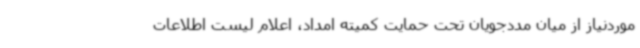
موردنیاز از میان مددجویان تحت حمایت کمیته امداد، اعلام لیست اطلاعات